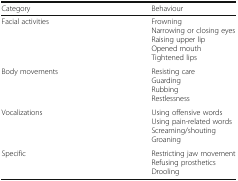
<table><thead><tr><td><b>Category</b></td><td><b>Behaviour</b></td></tr></thead><tbody><tr><td>Facial activities</td><td>FrowningNarrowing or closing eyesRaising upper lipOpened mouthTightened lips</td></tr><tr><td>Body movements</td><td>Resisting careGuardingRubbingRestlessness</td></tr><tr><td>Vocalizations</td><td>Using offensive wordsUsing pain-related wordsScreaming/shoutingGroaning</td></tr><tr><td>Specific</td><td>Restricting jaw movementRefusing prostheticsDrooling</td></tr></tbody></table>